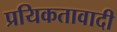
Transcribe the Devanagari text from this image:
प्रयिकतावादी